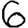
Digit: 6